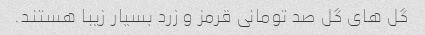
گل های گل صد تومانی قرمز و زرد بسیار زیبا هستند.